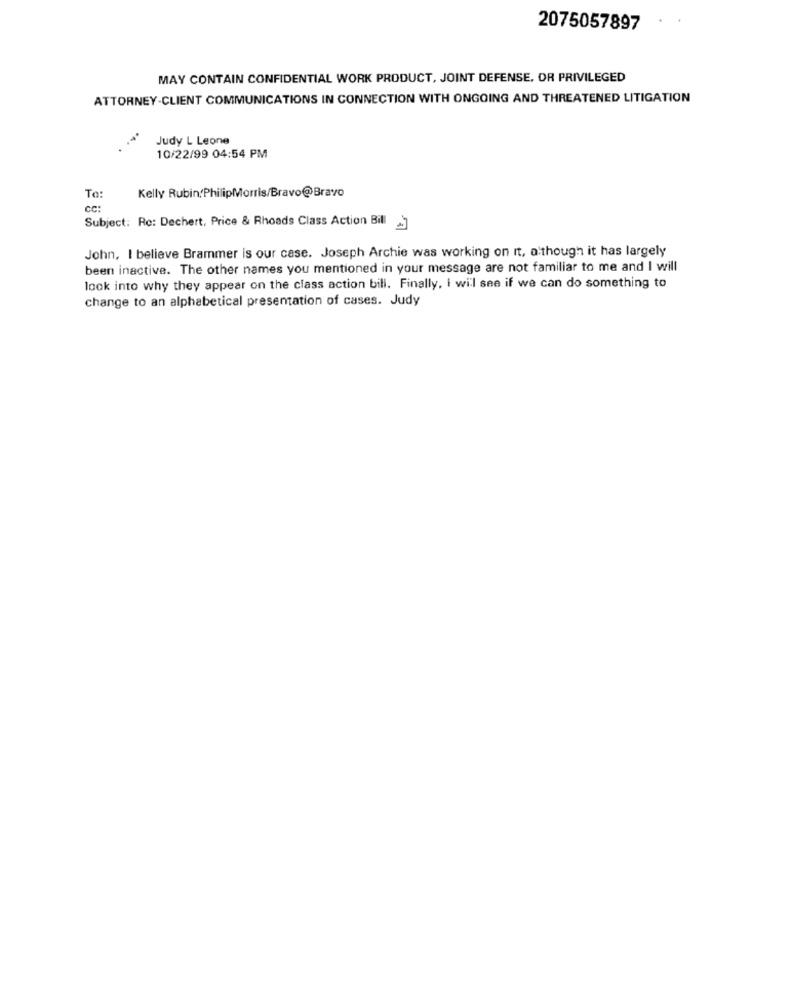
2075057897
MAY CONTAIN CONFIDENTIAL WORK PRODUCT, JOINT DEFENSE, OR PRIVILEGED
ATTORNEY-CLIENT COMMUNICATIONS IN CONNECTION WITH ONGOING AND THREATENED LITIGATION
...
Judy L Leone
. .
10/22/99 04:54 PM
To:
Kelly Rubin PhilipMorris/Bravo@Bravo
cc:
Subject: Re: Dechert, Price & Rhoads Class Action Bill
John, I believe Brammer is our case. Joseph Archie was working on it, although it has largely
been inactive. The other names you mentioned in your message are not familiar to me and I will
look into why they appear on the class action bill. Finally, I will see if we can do something to
change to an alphabetical presentation of cases. Judy